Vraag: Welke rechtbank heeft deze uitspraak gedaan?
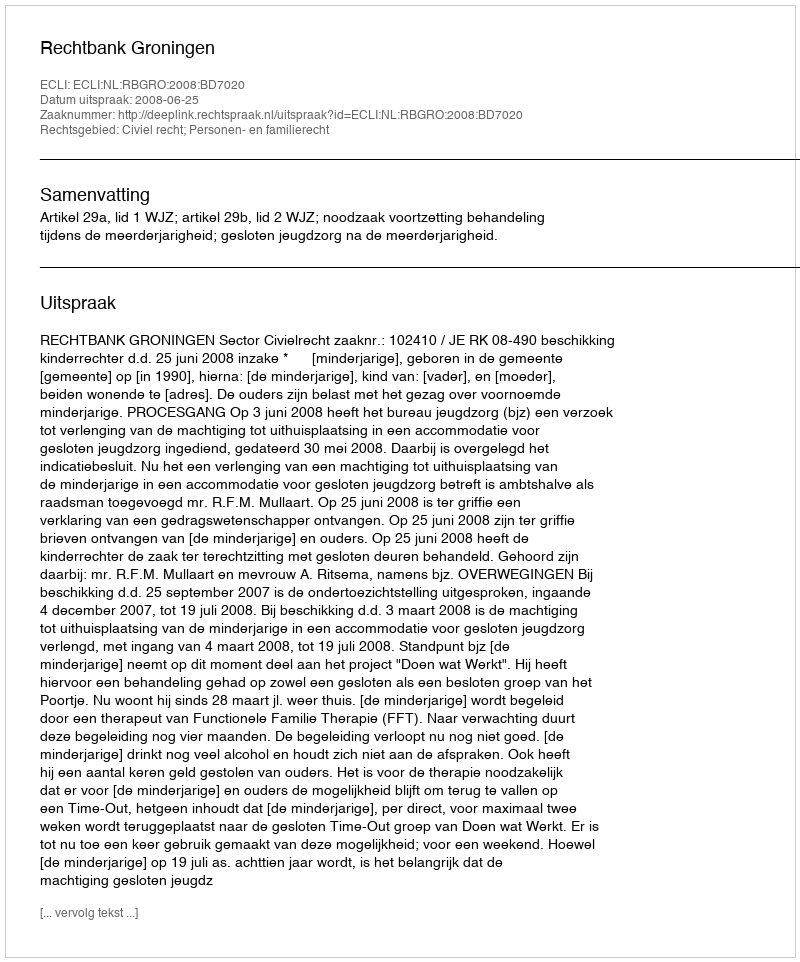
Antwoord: Rechtbank Groningen